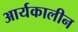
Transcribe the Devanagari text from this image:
आर्यकालीन